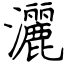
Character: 灑